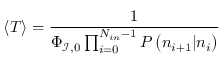
\left\langle T \right\rangle = \frac { 1 } { \Phi _ { \mathcal { I } , 0 } \prod _ { i = 0 } ^ { N _ { i n } - 1 } { P \left( { n _ { i + 1 } | n _ { i } } \right) } }